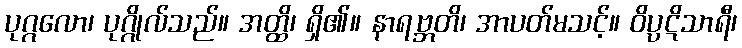
ပုဂ္ဂလော၊ ပုဂ္ဂိုလ်သည်။ အတ္ထိ၊ ရှိ၏။ နာရဗ္ဘတိ၊ အာပတ်မသင့်။ ဝိပ္ပဋိသာရီ၊